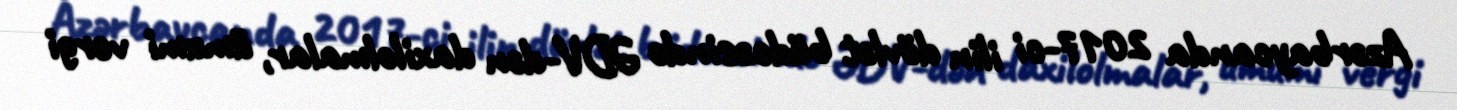
Azərbaycanda 2017-ci ilin dövlət büdcəsində ƏDV-dən daxilolmalar, ümumi vergi